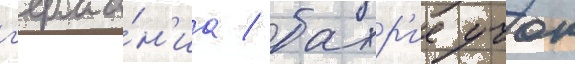
г'ерма́н'иа / бахр'ие учок